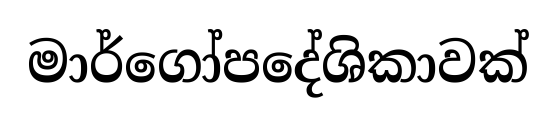
මාර්ගෝපදේශිකාවක්